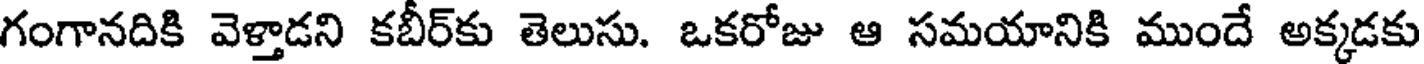
గంగానదికి వెళ్తాడని కబీర్కు తెలుసు. ఒకరోజు ఆ సమయానికి ముందే అక్కడకు